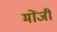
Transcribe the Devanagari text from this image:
मोंजी